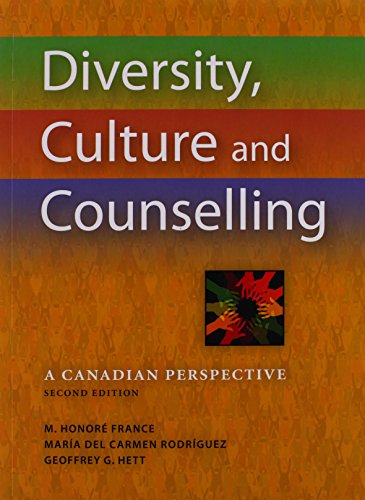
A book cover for Diversity, Culture and Counselling: A Canadian Perspective; Medical Books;